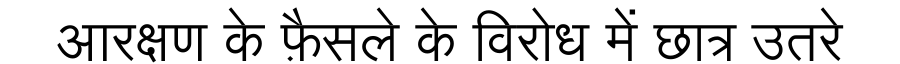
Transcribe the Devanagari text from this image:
आरक्षण के फ़ैसले के विरोध में छात्र उतरे